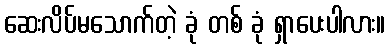
ဆေးလိပ်မသောက်တဲ့ ခုံ တစ် ခုံ ရှာပေးပါလား။